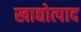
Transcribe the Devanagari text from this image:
खाद्योत्पाद